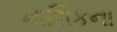
નાશિકના